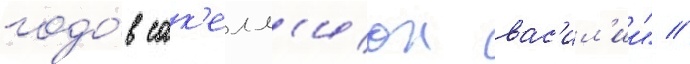
годо́в сак'елл'ион вас'ил'ии" //